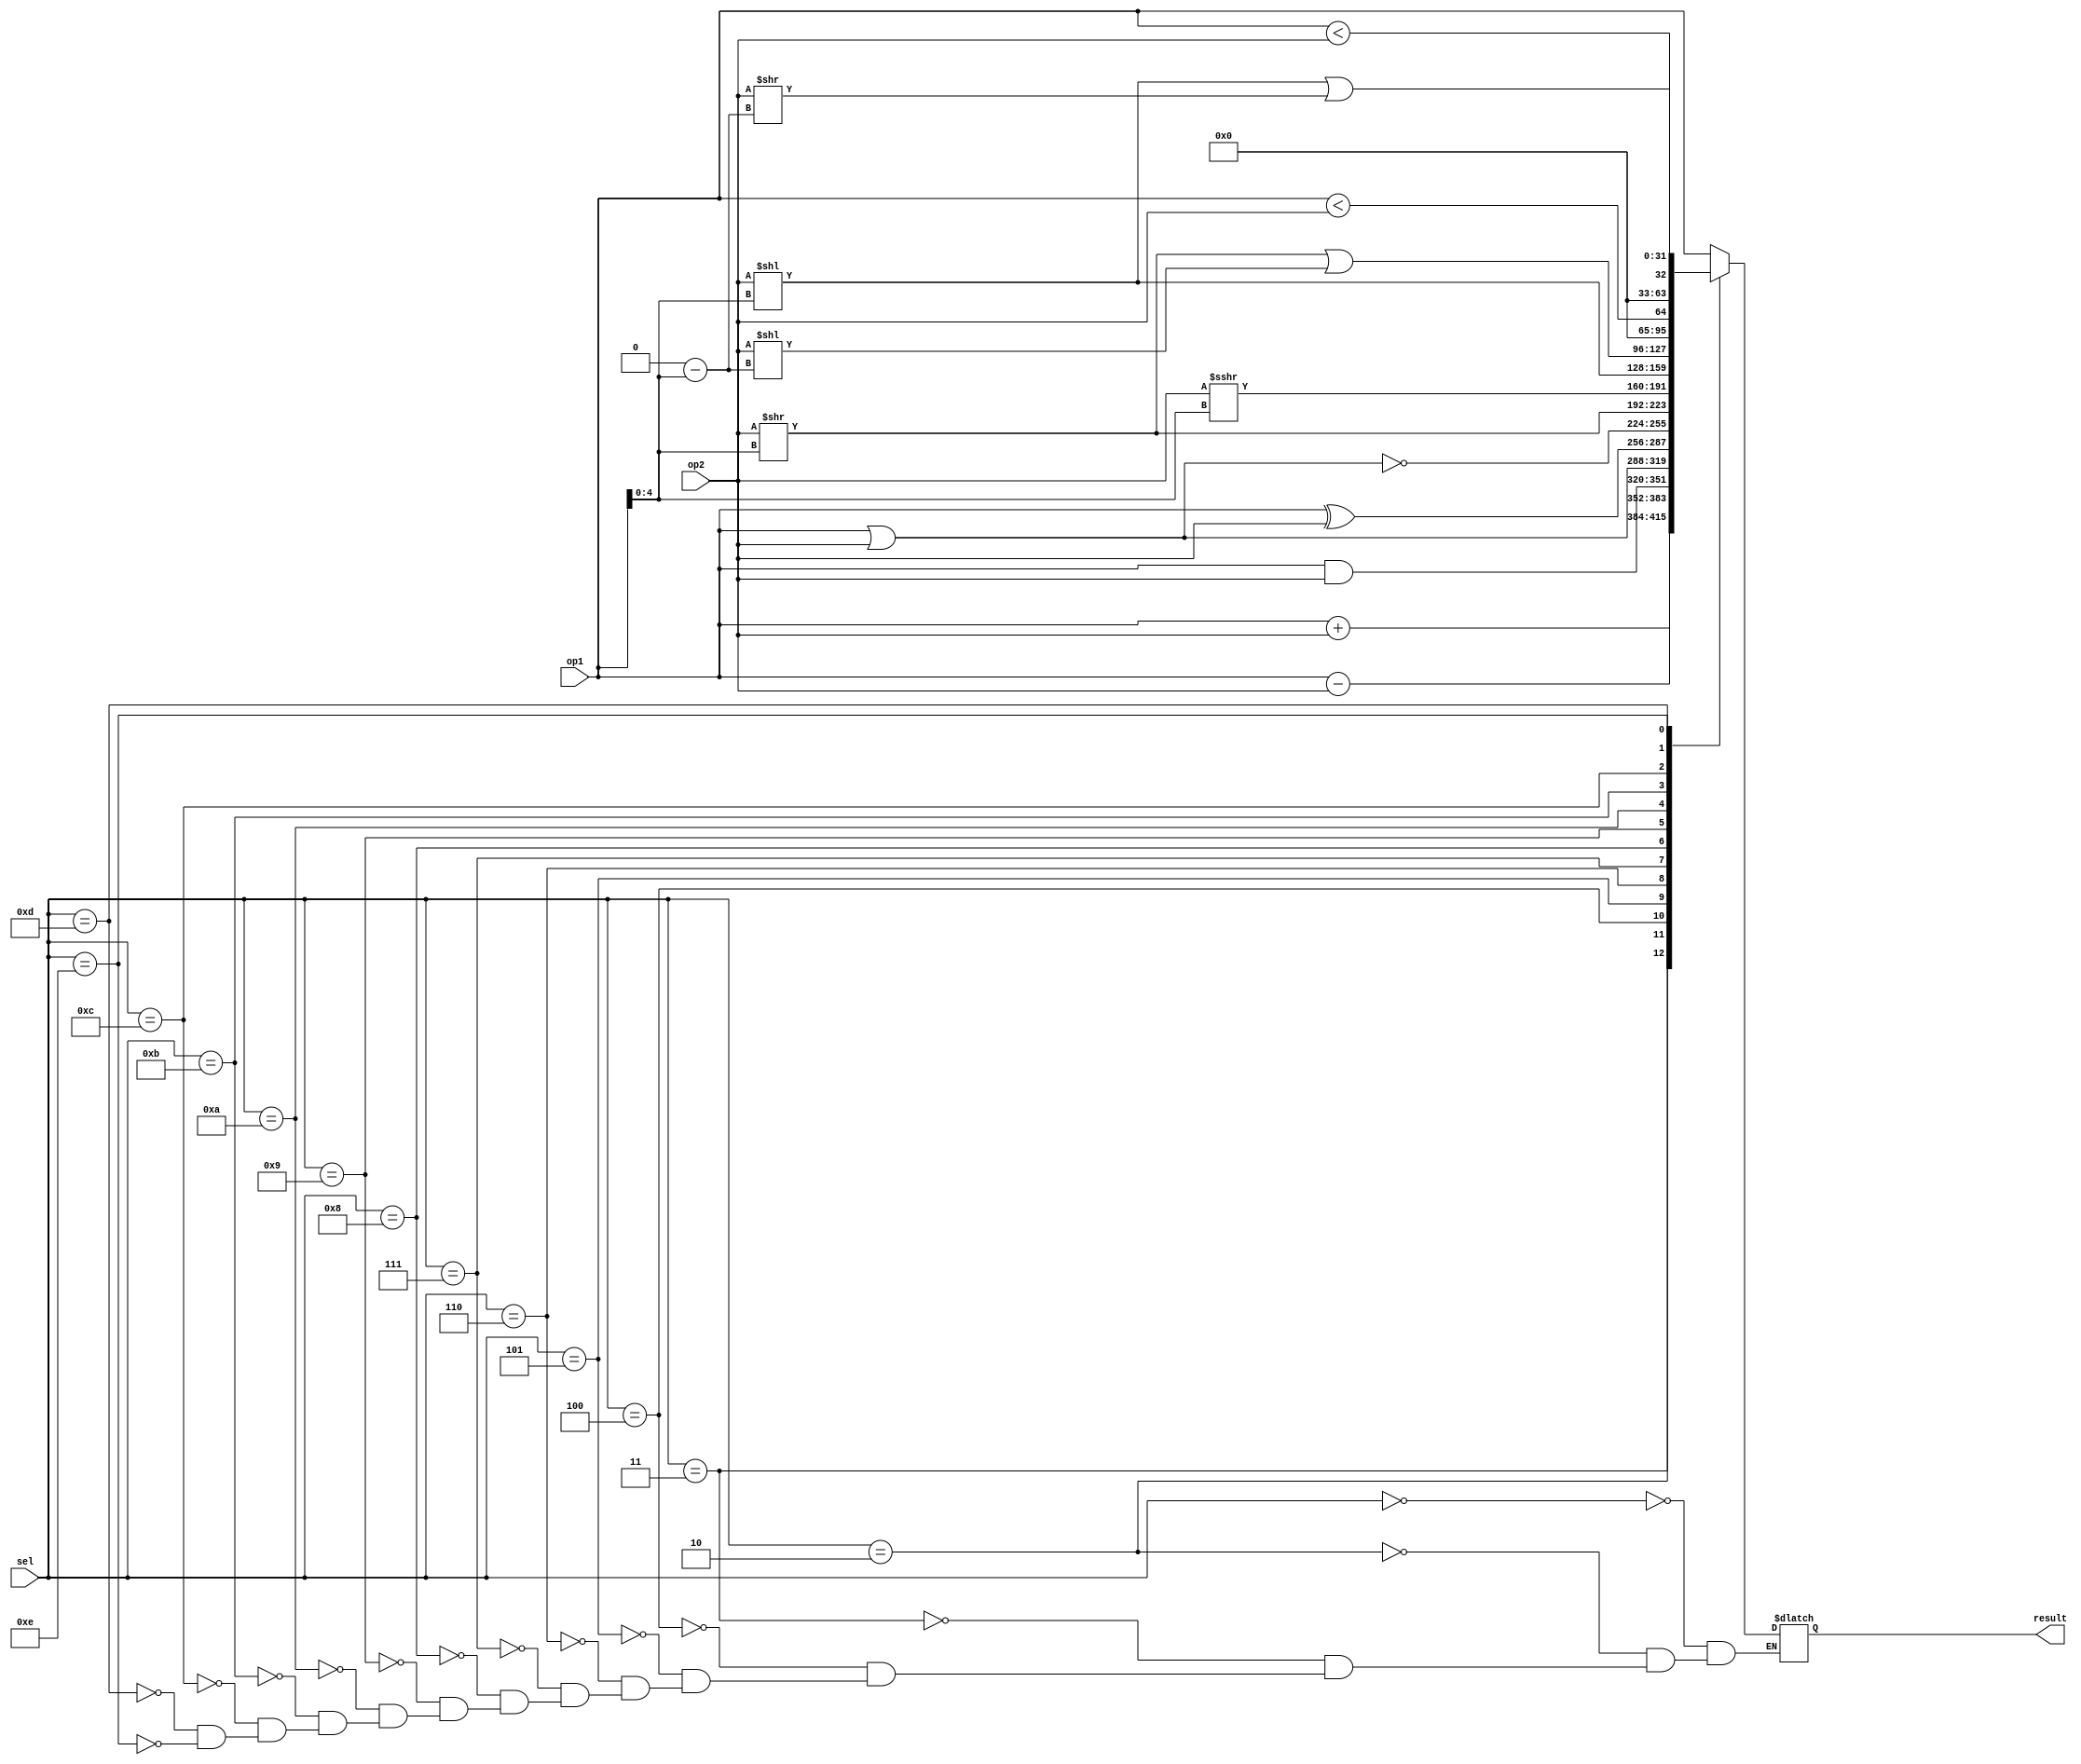
`timescale 1ns / 1ns
module ALU(
input [31:0]op1,
input [31:0]op2,
input [3:0]sel,
output [31:0]result
//output zero
);
    reg [31:0]res;
	 always @(*) begin
	     case(sel)
		      0:res=op1;//buffer
				//1:res={31'b0,op1[31]};//<0
				2:res=op1+op2;
				3:res=op1-op2;
				4:res=op1&op2;
				5:res=op1|op2;
				6:res=op1^op2;
				7:res=~(op1|op2);
				8:res=op2>>(op1[4:0]);
				9:res=($signed(op2))>>>(op1[4:0]);
				10:res=op2<<(op1[4:0]);
				//11:res={31'b0,(op1==op2)};
				11:res=(op2>>(op1[4:0]))|(op2<<(5'b0-op1[4:0]));
				12:res={31'b0,($signed(op1))<($signed(op2))};
				13:res={31'b0,op1<op2};
				//14:res={31'b0,op1!=0&&(~op1[31])};//>0
				14:res=(op2<<(op1[4:0]))|(op2>>(5'b0-op1[4:0]));
				//15:res={31'b0,op1==0||op1[31]};//<=0
		  endcase
	 end
	 assign result=res;
	 //assign zero=(res==0);
endmodule